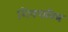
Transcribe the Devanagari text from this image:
शिवचरित्र